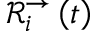
\mathcal { R } _ { i } ^ { \rightarrow } \left( t \right)